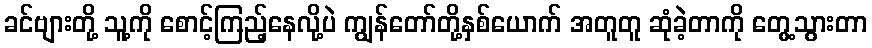
ခင်ဗျားတို့ သူ့ကို စောင့်ကြည့်နေလို့ပဲ ကျွန်တော်တို့နှစ်ယောက် အတူတူ ဆုံခဲ့တာကို တွေ့သွားတာ